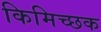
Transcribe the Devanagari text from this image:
किमिच्छक